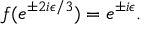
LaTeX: f ( e ^ { \pm 2 i \epsilon / 3 } ) = e ^ { \pm i \epsilon } .